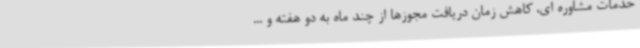
خدمات مشاوره ای، کاهش زمان دریافت مجوزها از چند ماه به دو هفته و ...